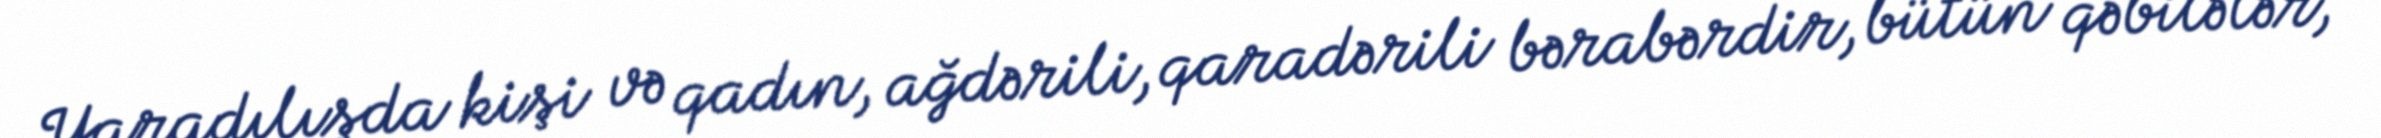
Yaradılışda kişi və qadın, ağdərili, qaradərili bərabərdir, bütün qəbilələr,